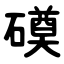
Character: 磸